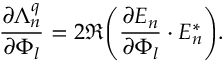
\frac { \partial \Lambda _ { n } ^ { q } } { \partial \Phi _ { l } } = 2 \Re { \left( \frac { \partial E _ { n } } { \partial \Phi _ { l } } \cdot E _ { n } ^ { * } \right) } .